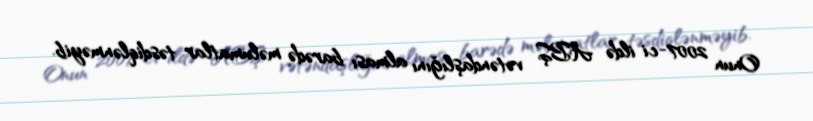
Onun 2007-ci ildə ABŞ vətəndaşlığını alması barədə məlumatlar təsdiqlənməyib.